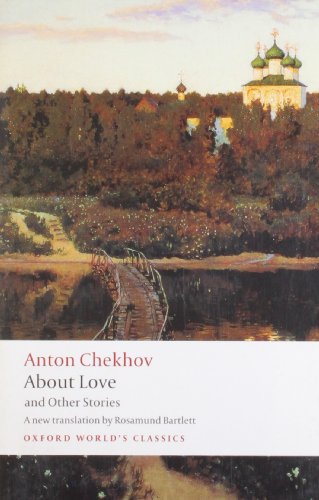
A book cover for About Love and Other Stories (Oxford World's Classics); Anton Chekhov; Literature & Fiction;